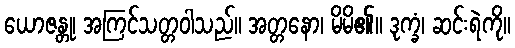
ယောဇန္တု၊ အကြင်သတ္တဝါသည်။ အတ္တနော၊ မိမိ၏။ ဒုက္ခံ၊ ဆင်းရဲကို။